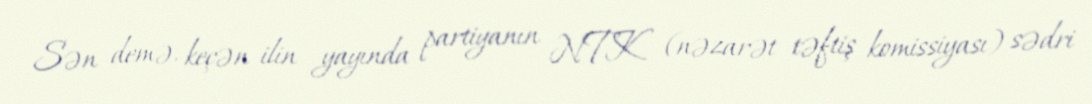
Sən demə, keçən ilin yayında partiyanın NTK (nəzarət təftiş komissiyası) sədri